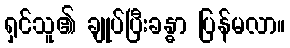
ရှင်သူ၏ ချုပ်ပြီးခန္ဓာ ပြန်မလာ။